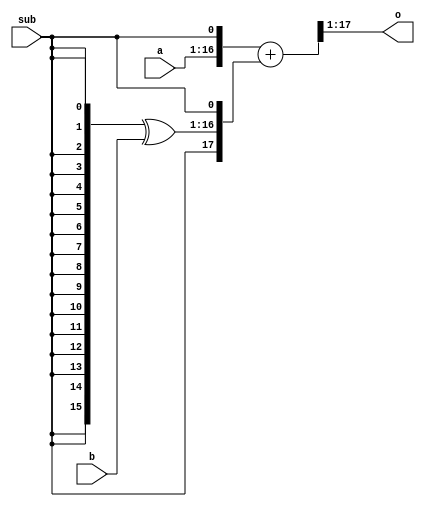
// Copyright 2007 Altera Corporation. All rights reserved.  
// Altera products are protected under numerous U.S. and foreign patents, 
// maskwork rights, copyrights and other intellectual property laws.  
//
// This reference design file, and your use thereof, is subject to and governed
// by the terms and conditions of the applicable Altera Reference Design 
// License Agreement (either as signed by you or found at www.altera.com).  By
// using this reference design file, you indicate your acceptance of such terms
// and conditions between you and Altera Corporation.  In the event that you do
// not agree with such terms and conditions, you may not use the reference 
// design file and please promptly destroy any copies you have made.
//
// This reference design file is being provided on an "as-is" basis and as an 
// accommodation and therefore all warranties, representations or guarantees of 
// any kind (whether express, implied or statutory) including, without 
// limitation, warranties of merchantability, non-infringement, or fitness for
// a particular purpose, are specifically disclaimed.  By making this reference
// design file available, Altera expressly does not recommend, suggest or 
// require that this reference design file be used in combination with any 
// other product not provided by Altera.
/////////////////////////////////////////////////////////////////////////////

module addsub (sub,a,b,o);

parameter WIDTH = 16;
parameter METHOD = 1;

input sub;
input [WIDTH-1:0] a,b;
output [WIDTH:0] o;

generate
  if (METHOD == 0) begin
    // generic style
    assign o = sub ? (a - b) : (a + b);
  end
  else if (METHOD == 1) begin
    // Hardware implementation with XORs in front of a
	// carry chain.
	wire [WIDTH+1:0] tmp;
	assign tmp = {1'b0,a,sub} + {sub,{WIDTH{sub}} ^ b,sub};
	assign o = tmp[WIDTH+1:1];
  end
endgenerate

endmodule

/////////////////////////////////////

module addsub_tb ();
parameter WIDTH = 16;

reg [WIDTH-1:0] a,b;
reg sub,fail;
wire [WIDTH:0] ox,oy;

initial begin
  a = 0;
  b = 0;
  fail = 0;
  #100000 if (!fail) $display ("PASS");
  $stop();
end

addsub x (.a(a),.b(b),.sub(sub),.o(ox));
  defparam x .WIDTH = WIDTH;
  defparam x .METHOD = 0;

addsub y (.a(a),.b(b),.sub(sub),.o(oy));
  defparam y .WIDTH = WIDTH;
  defparam y .METHOD = 1;

always begin
  #50 a = $random;
  b = $random;
  sub = $random;
  #50 
  if (ox !== oy) begin
    $display ("Mismatch at time %d",$time);
    fail = 1;
  end
end
endmodule